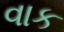
વાક